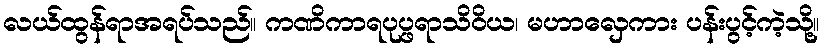
လယ်ထွန်ရာအရပ်သည်။ ကဏိကာရပုပ္ဖရာသိဝိယ၊ မဟာလှေကား ပန်းပွင့်ကဲ့သို့။